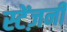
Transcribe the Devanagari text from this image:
स्टेंज़नी